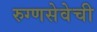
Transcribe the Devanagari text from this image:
रुग्णसेवेची